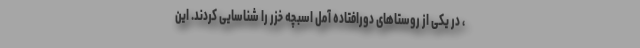
، در یکی از روستاهای دورافتاده آمل اسبچه خزر را شناسایی کردند. این